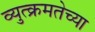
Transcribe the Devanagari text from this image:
व्युत्क्रमतेच्या